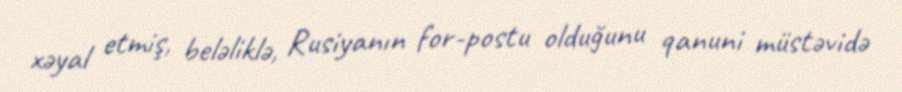
xəyal etmiş, beləliklə, Rusiyanın for-postu olduğunu qanuni müstəvidə